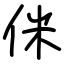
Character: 侎